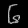
Digit: ၆